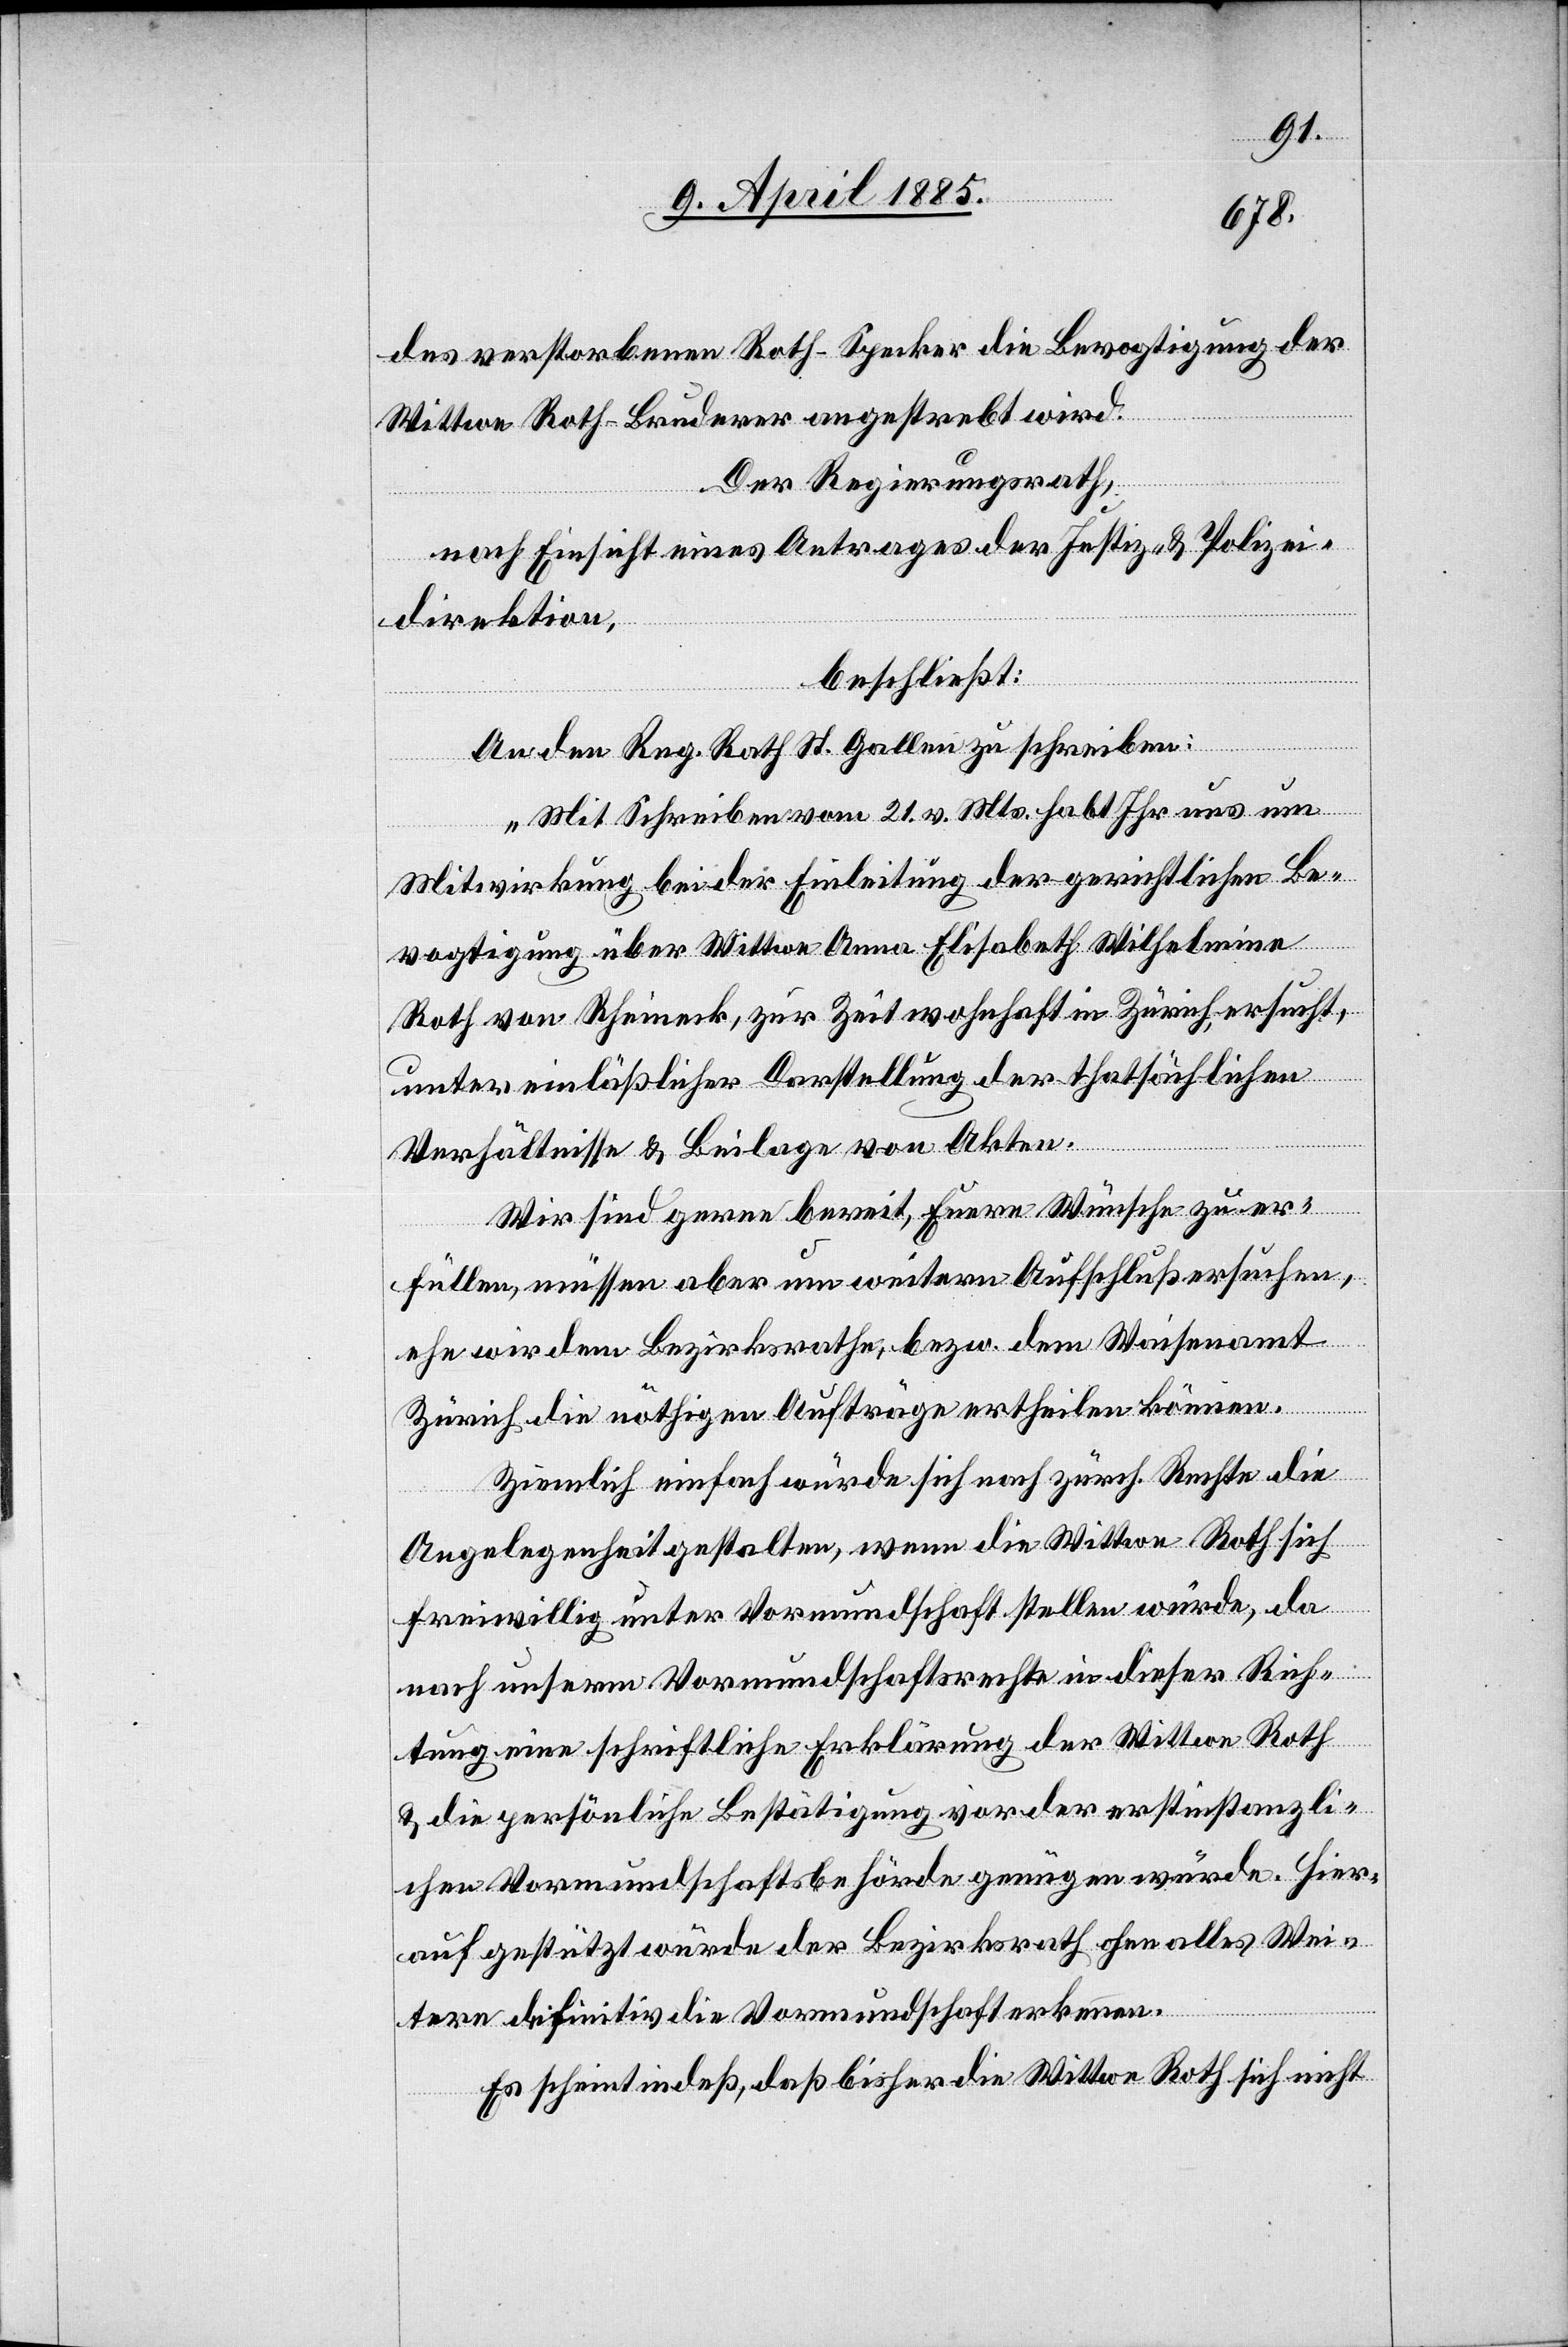
des verstorbenen Roth-Specker die Bevogtigung der
Wittwe Roth-Bruderer angestrebt wird.
Der Regierungsrath,
nach Einsicht eines Antrages der Justiz- & Polizei¬
direktion,
beschließt:
An den Reg. Rath St. Gallen zu schreiben:
„Mit Schreiben vom 21. v. Mts. habt Ihr uns um
Mitwirkung bei der Einleitung der gerichtlichen Be¬
vogtigung über Wittwe Anna Elisabeth Wilhelmina
Roth von Rheineck, zur Zeit wohnhaft in Zürich, ersucht,
unter einläßlicher Darstellung der thatsächlichen
Verhältnisse & Beilage von Akten.
Wir sind gerne bereit, Euere Wünsche zu er¬
füllen, müssen aber um weitern Aufschluß ersuchen
ehe wir dem Bezirksrath, bezw. dem Waisenamt
Zürich die nöthigen Aufträge ertheilen können.
Ziemlich einfach würde sich nach zürch. Rechte die
Angelegenheit gestalten, wenn die Wittwe Roth sich
freiwillig unter Vormundschaft stellen würde, da
nach unserm Vormundschaftsrechte in dieser Rich¬
tung eine schriftliche Erklärung der Wittwe Roth
& die persönliche Bestätigung vor der erstinstanzli¬
chen Vormundschaftsbehörde genügen würde. Hier¬
auf gestützt würde der Bezirksrath ohne alles Wei¬
tre definitiv die Vormundschaft erkennen.
Es scheint indeß, daß bisher die Wittwe Roth sich nicht